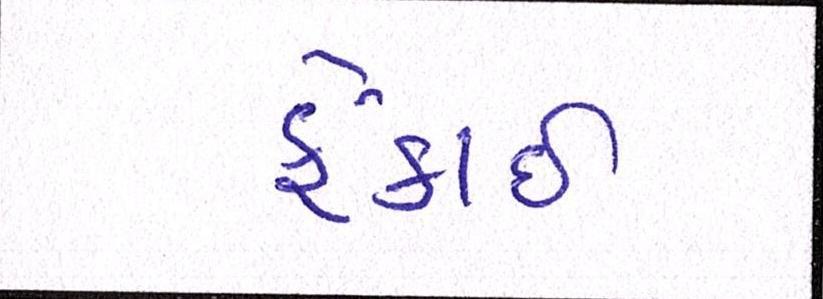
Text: ફેંકાઈ